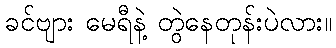
ခင်ဗျား မေရီနဲ့ တွဲနေတုန်းပဲလား။